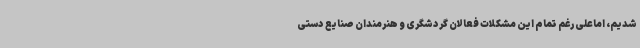
شدیم، اماعلی رغم تمام این مشکلات فعالان گردشگری و هنرمندان صنایع دستی